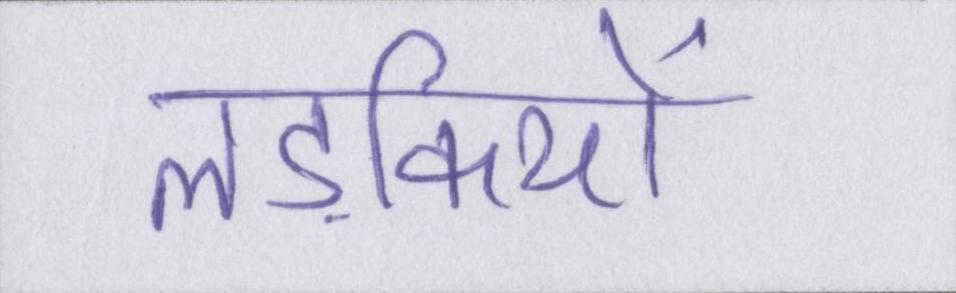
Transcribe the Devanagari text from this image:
लड़कियों